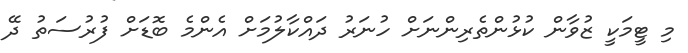
މި ޓީމަކީ ޒުވާން ކުޅުންތެރިންނަށް ހުނަރު ދައްކާލުމަށް އެންމެ ބޮޑަށް ފުރުސަތު ދޭ